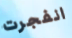
انفجرت